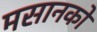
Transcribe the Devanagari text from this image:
मसानको